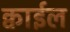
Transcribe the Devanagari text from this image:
क्वाईल